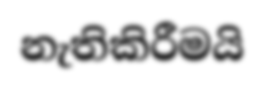
නැතිකිරීමයි